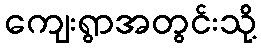
ကျေးရွာအတွင်းသို့